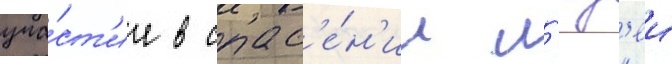
уча́ст'ие в спас'е́н'ии л'юд'еи